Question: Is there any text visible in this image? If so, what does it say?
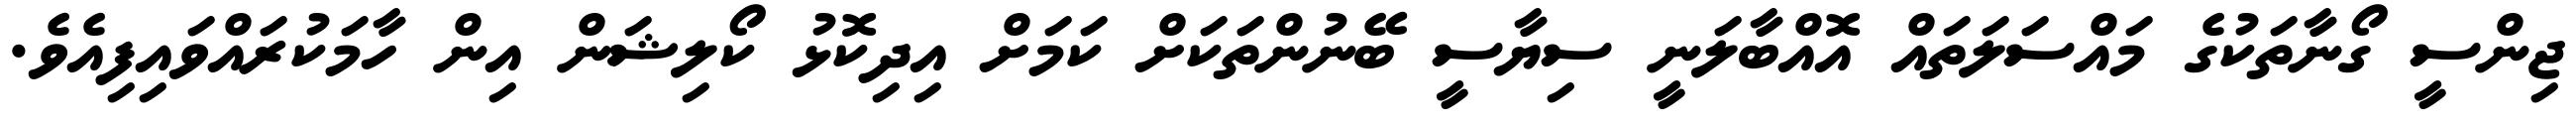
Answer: ޖިންސީ ގޯނާތަކުގެ މައްސަލަތައް އޮއްބާލަނީ ސިޔާސީ ބޭނުންތަކަށް ކަމަށް އިދިކޮޅު ކޯލިޝަން އިން ހާމަކުރައްވައިފިއެވެ.